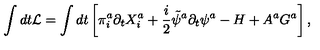
\int d t { \cal L } = \int d t \left[ \pi _ { i } ^ { a } \partial _ { t } X _ { i } ^ { a } + \frac { i } { 2 } \tilde { \psi } ^ { a } \partial _ { t } \psi ^ { a } - H + A ^ { a } G ^ { a } \right] ,